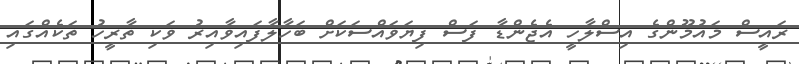
ރައީސް މައުމޫންގެ އިސްލާހީ އެޖެންޑާ ފަސް ފިޔަވައްސަކަށް ބަހާލާފައިވާއިރު ވަކި ތާރީހު ތަކެއްގައި